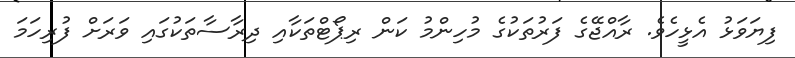
ފިޔަވަޅު އެޅީހެވެ. ރާއްޖޭގެ ފަރުތަކުގެ މުހިންމު ކަން ރިޕޯޓްތަކާއި ދިރާސާތަކުގައި ވަރަށް ފުރިހަމަ